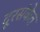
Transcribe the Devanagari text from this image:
दूरसंकेत